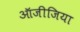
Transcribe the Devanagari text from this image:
ऑजीजिया